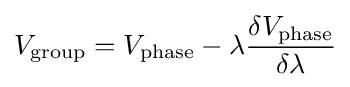
V_{\mathrm {group} }=V_{\mathrm {phase} }-\lambda {\frac {\delta V_{\mathrm {phase} }}{\delta \lambda }}